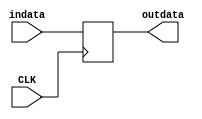
`timescale 1ns / 1ps
//////////////////////////////////////////////////////////////////////////////////
// Company: 
// Engineer: 
// 
// Design Name: 
// Module Name: ALUOut
// Project Name: 
// Target Devices: 
// Tool Versions: 
// Description: 
// 
// Dependencies: 
// 
// Revision:
// Revision 0.01 - File Created
// Additional Comments:
// 
//////////////////////////////////////////////////////////////////////////////////
module ALUOut(CLK,indata,outdata);
       input  CLK;
       input  [31:0] indata;
       output reg [31:0] outdata;
       
       always @ (posedge CLK) begin//
              outdata<=indata;
       end
       
endmodule